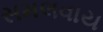
સમલવાય